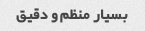
بسیار منظم و دقیق